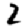
Digit: 2